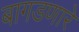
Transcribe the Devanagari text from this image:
बागडणारे